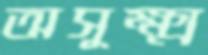
অসূক্ষ্ম